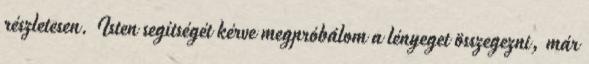
részletesen. Isten segítségét kérve megpróbálom a lényeget összegezni, már